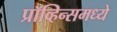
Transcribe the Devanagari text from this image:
प्रॉव्हिन्समध्ये